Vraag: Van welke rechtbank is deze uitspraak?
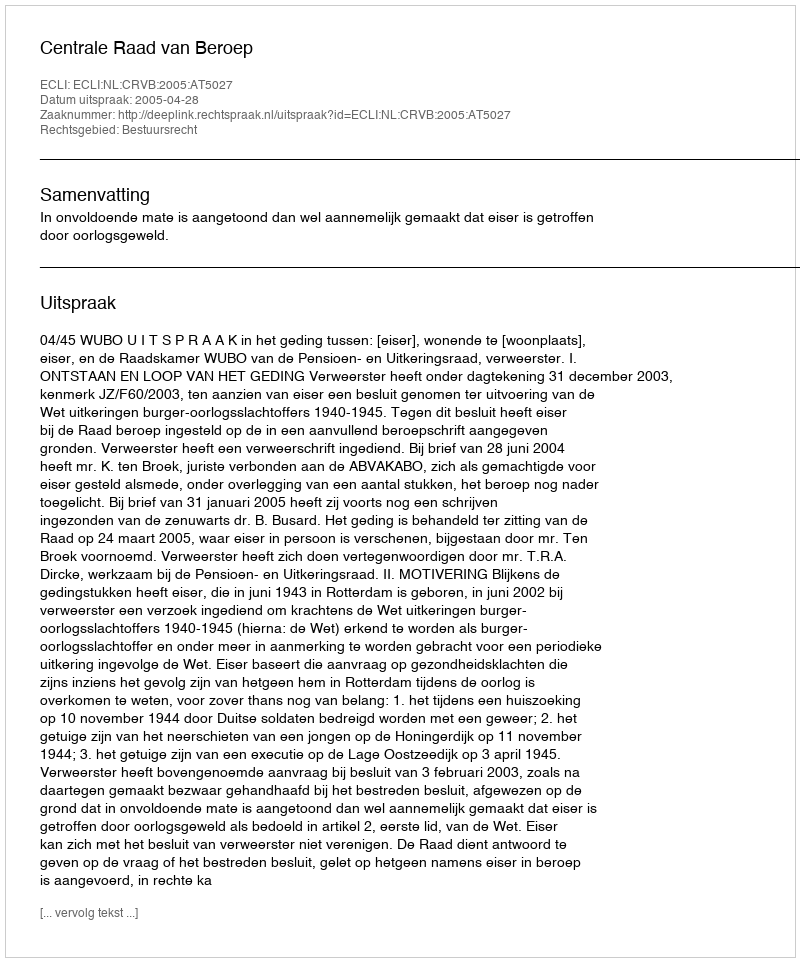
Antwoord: Centrale Raad van Beroep